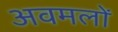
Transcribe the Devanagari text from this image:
अवमलों